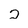
Character: 2